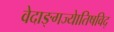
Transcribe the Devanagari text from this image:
वेदाङ्गज्याेतिषविद्